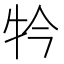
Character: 𤘡